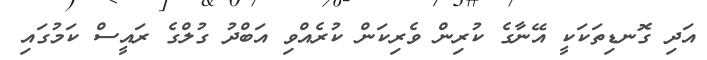
އަދި ގޮނޑިތަކަކީ އޭނާގެ ކުރިން ވެރިކަން ކުރެއްވި އަބްދު ގުލްގެ ރައީސް ކަމުގައި